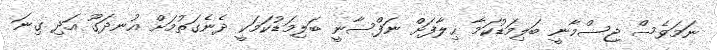
ނަމަވެސް ޖިސްމާނީ ބަލިމަޑުކަމާ ޙިލާފަށް ނަފްސާނީ ބަލިމަޑުކަމަކީ ދެނެގަތުމަށް އުނދަގޫ އަދި ގިނަ